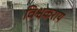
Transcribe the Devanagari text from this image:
विश्वकराय